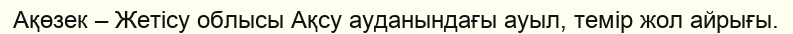
Ақөзек – Жетісу облысы Ақсу ауданындағы ауыл, темір жол айрығы.